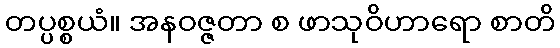
တပ္ပစ္စယံ။ အနဝဇ္ဇတာ စ ဖာသုဝိဟာရော စာတိ